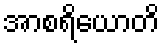
အာစရိယောတိ